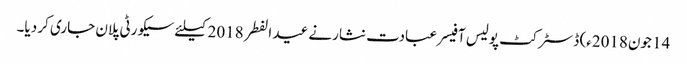
14 جون2018ء) ڈسٹرکٹ پولیس آفیسر عبادت نثارنے عید الفطر 2018کیلئے سیکورٹی پلان جاری کر دیا۔